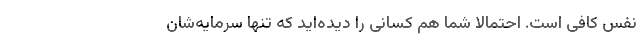
نفس کافی است. احتمالا شما هم کسانی را دیده‌اید که تنها سرمایه‌شان